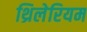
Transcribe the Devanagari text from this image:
थ्रिलेरियम